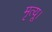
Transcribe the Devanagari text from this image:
मृत्यू।